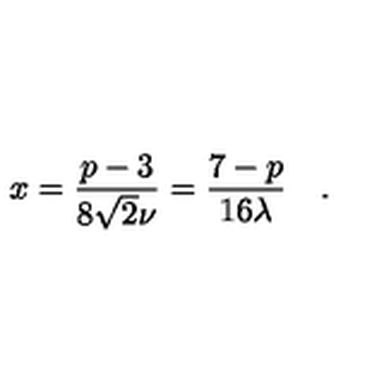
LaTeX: x = \frac { p - 3 } { 8 \sqrt { 2 } \nu } = \frac { 7 - p } { 1 6 \lambda } \quad .